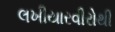
લખીયારવીરોથી